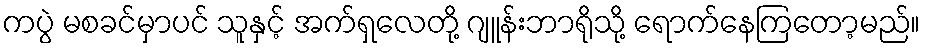
ကပွဲ မစခင်မှာပင် သူနှင့် အက်ရှလေတို့ ဂျူန်းဘာရိုသို့ ရောက်နေကြတော့မည်။